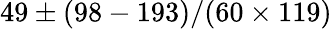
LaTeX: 49\pm(98-193)/(60\times 119)